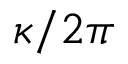
\kappa / 2 \pi